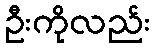
ဦးကိုလည်း